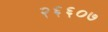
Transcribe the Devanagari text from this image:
२६६०७